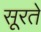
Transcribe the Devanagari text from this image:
सूरते